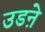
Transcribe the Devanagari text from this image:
उडऩे